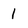
Character: 1